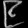
Digit: ၉